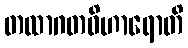
တထာဂတဝိဟာရောတိ